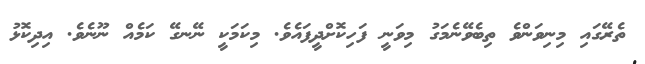
ތެރޭގައި މިނިވަންވެ ތިބެވޭނެމަގު މިވަނީ ފަހިކޮށްދީފައެވެ. މިކަމަކީ ނޭނގޭ ކަމެއް ނޫނެވެ. އިދިކޮޅު